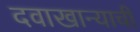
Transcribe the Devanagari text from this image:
दवाखान्याची